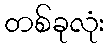
တစ်ခုလုံး